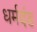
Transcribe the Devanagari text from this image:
धर्मदंड